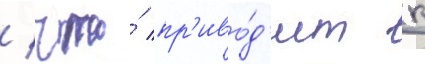
/ что́ пр'иво́д'ит к